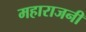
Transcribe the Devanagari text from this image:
महाराजनी